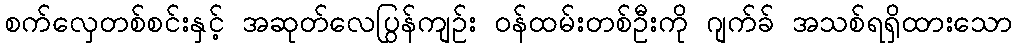
စက်လှေတစ်စင်းနှင့် အဆုတ်လေပြွန်ကျဉ်း ဝန်ထမ်းတစ်ဦးကို ဂျက်ခ် အသစ်ရရှိထားသော